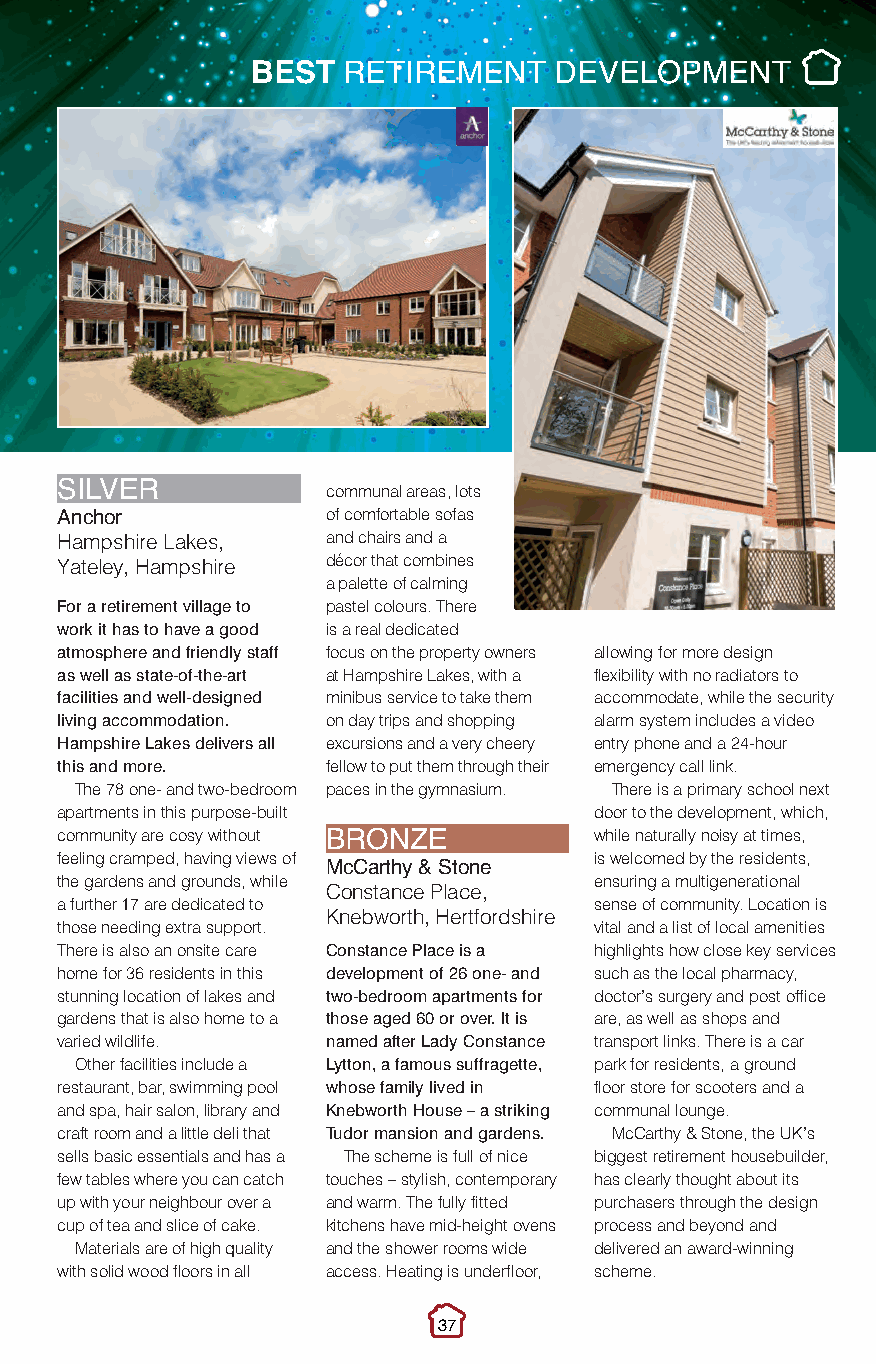
Best Retirement.qxp_Layout 1 10/11/2016 21:47 Page 2
 BEST  RETIREMENT    DEVELOPMENT
 communal areas, lots
 SILVER
 of comfortable sofas
 A Hn ac mh po sr hire Lakes, and chairs and a
 décor that combines
 Yateley, Hampshire
 a palette of calming
 For a retirement village to pastel colours. There
 work it has to have a good is a real dedicated
 atmosphere and friendly staff focus on the property owners allowing for more design
 as well as state-of-the-art at Hampshire Lakes, with a flexibility with no radiators to
 facilities and well-designed minibus service to take them accommodate, while the security
 living accommodation. on day trips and shopping alarm system includes a video
 Hampshire Lakes delivers all excursions and a very cheery entry phone and a 24-hour
 this and more.    fellow to put them through their emergency call link.
 The 78 one- and two-bedroom paces in the gymnasium. There is a primary school next
 apartments in this purpose-built   door to the development, which,
 community are cosy without         while naturally noisy at times,
 feeling cramped, having views of BRONZE is welcomed by the residents,
 the gardens and grounds, while McCarthy & Stone ensuring a multigenerational
 Constance Place,
 a further 17 are dedicated to      sense of community. Location is
 Knebworth, Hertfordshire
 those needing extra support.       vital and a list of local amenities
 There is also an onsite care Constance Place is a highlights how close key services
 home for 36 residents in this development of 26 one- and such as the local pharmacy,
 stunning location of lakes and two-bedroom apartments for doctor’s surgery and post office
 gardens that is also home to a those aged 60 or over. It is are, as well as shops and
 varied wildlife.  named after Lady Constance transport links. There is a car
 Other facilities include a Lytton, a famous suffragette, park for residents, a ground
 restaurant, bar, swimming pool whose family lived in floor store for scooters and a
 and spa, hair salon, library and Knebworth House –a striking communal lounge.
 craft room and a little deli that Tudor mansion and gardens. McCarthy & Stone, the UK’s
 sells basic essentials and has a The scheme is full of nice biggest retirement housebuilder,
 few tables where you can catch touches – stylish, contemporary has clearly thought about its
 up with your neighbour over a and warm. The fully fitted purchasers through the design
 cup of tea and slice of cake. kitchens have mid-height ovens process and beyond and
 Materials are of high quality and the shower rooms wide delivered an award-winning
 with solid wood floors in all access. Heating is underfloor, scheme.
 37